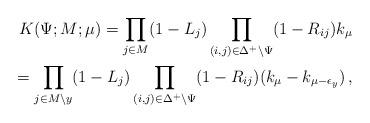
LaTeX: \begin{align*} K(\Psi;M;\mu) = \prod_{j \in M}(1-L_j) \prod_{(i,j) \in \Delta^+\setminus\Psi}(1-R_{ij}) k_\mu\\ = \prod_{j \in M \setminus y}(1-L_j)\prod_{(i,j) \in \Delta^+\setminus\Psi}(1-R_{ij}) (k_\mu - k_{\mu-\epsilon_{y}})\,,\end{align*}